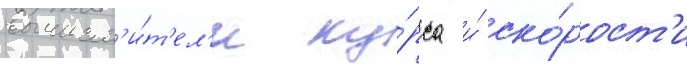
вычисл'и́т'ел'и ку́рса и́ ско́рост'и